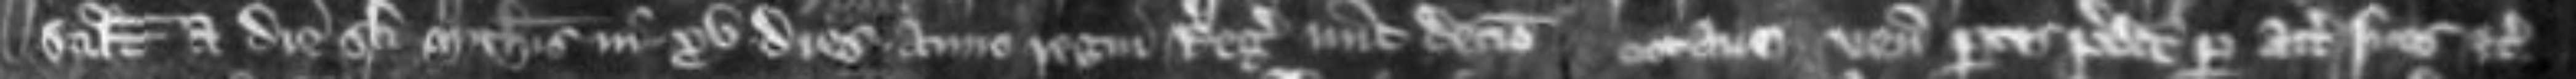
scilicet a die Sancti Michaelis in xv dies anno regni regis nunc decimo octavo veniunt partes predicte per attornatos suos etc